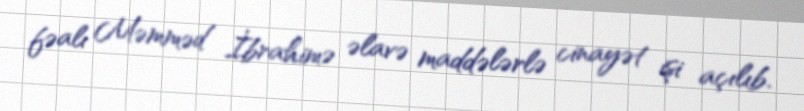
fəalı Məmməd İbrahimə əlavə maddələrlə cinayət işi açılıb.